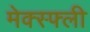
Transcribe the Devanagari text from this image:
मेक्स्फ्ली